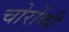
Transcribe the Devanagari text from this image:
चोरोंकी